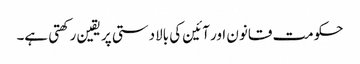
حکومت قانون اور آئین کی بالادستی پر یقین رکھتی ہے۔